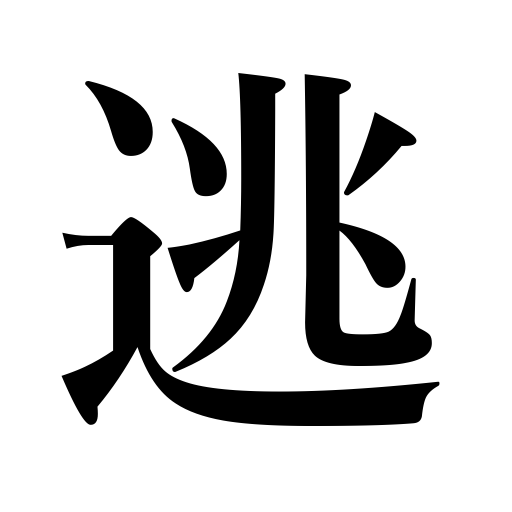
Meanings: avoid,flee,let escape,back out,run away,escape,evade,set free,miss a chance,shirk,let go